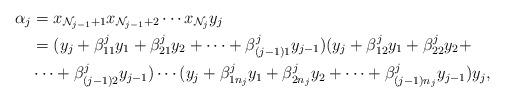
LaTeX: \begin{align*}\alpha_j &= x_{\mathcal{N}_{j-1}+1} x_{\mathcal{N}_{j-1}+2} \cdots x_{\mathcal{N}_j} y_j \\&= (y_j+ \beta_{11}^jy_1+ \beta_{21}^jy_2+ \cdots + \beta_{(j-1)1}^jy_{j-1})(y_j+ \beta_{12}^jy_1+ \beta_{22}^jy_2+ \\& \cdots + \beta_{(j-1)2}^jy_{j-1}) \cdots (y_j+ \beta_{1n_j}^jy_1+ \beta_{2n_j}^jy_2+ \cdots + \beta_{(j-1)n_j}^jy_{j-1})y_j,\end{align*}